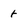
Character: t